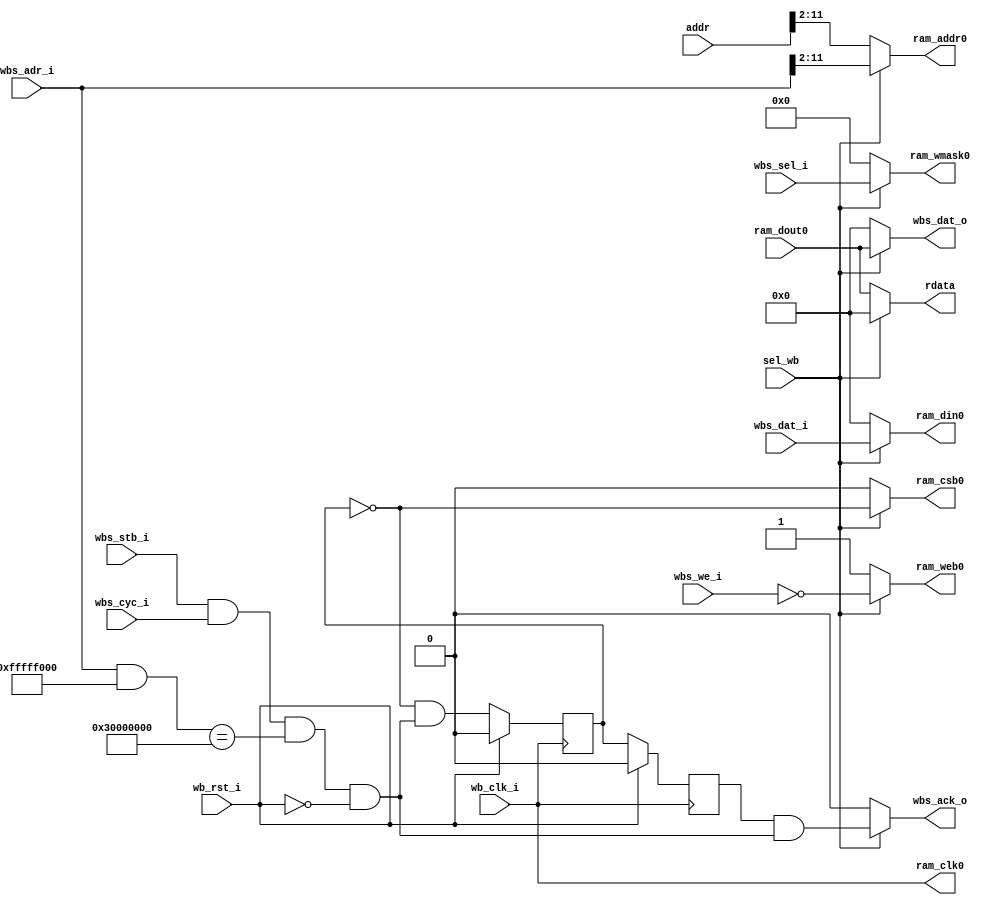
////////////////////////////////////////////////////////////////////////////////                                          
// SPDX-FileCopyrightText: 2022, Jure Vreca                                   //                                          
//                                                                            //                                          
// Licenseunder the Apache License, Version 2.0(the "License");               //                                          
// you maynot use this file except in compliance with the License.            //                                           
// You may obtain a copy of the License at                                    //                                          
//                                                                            //                                          
//      http://www.apache.org/licenses/LICENSE-2.0                            //                                          
//                                                                            //                                          
// Unless required by applicable law or agreed to in writing, software        //                                          
// distributed under the License is distributed on an "AS IS" BASIS,          //                                          
// WITHOUT WARRANTIES OR CONDITIONS OF ANY KIND, either express or implied.   //                                          
// See the License for the specific language governing permissions and        //                                          
// limitations under the License.                                             //                                          
// SPDX-License-Identifier: Apache-2.0                                        //                                          
// SPDX-FileContributor: Jure Vreca <jurevreca12@gmail.com>                   //                                          
////////////////////////////////////////////////////////////////////////////////      
////////////////////////////////////////////////////////////////////////////////
//                                                                            //
//                                                                            //
//                                                                            //
// Design Name:    instr_ram_mux                                              //
// Project Name:   rvj1-caravel-soc                                           //
// Language:       System Verilog                                             //
//                                                                            //
// Description:    A mux for the instruction RAM. It is interfaced by the     //
//                 riscv-jedro-1 core and a wishbone master.                  //
//                                                                            //
//                                          --|   instr_mem_if                //
//                                        -   |-----                          //
//                |--------|             |    |                               //
//                |  INSTR | openram_if  |    |                               //
//                |   RAM  |-------------|    |                               //
//                |        |             |    |   wishbone if                 //
//                |________|              -   |-----                          //
//                                          --|                               //
//                                                                            //
////////////////////////////////////////////////////////////////////////////////

module instr_ram_mux #(
    parameter RAM_ADDR_WIDTH_BYTES = 12,
    parameter BASE_ADDR = 32'h3000_0000
)
(
`ifdef USE_POWER_PINS
    inout vccd1,	// User area 1 1.8V supply
    inout vssd1,	// User area 1 digital ground
`endif
    input  wire                            sel_wb,

    output reg  [31:0]                     rdata,
    input  wire [31:0]                     addr,
    
    input  wire                            wb_clk_i,
    input  wire                            wb_rst_i,
    input  wire                            wbs_stb_i,
    input  wire                            wbs_cyc_i,
    input  wire                            wbs_we_i,
    input  wire [3:0]                      wbs_sel_i,
    input  wire [31:0]                     wbs_dat_i,
    input  wire [31:0]                     wbs_adr_i,
    output reg                             wbs_ack_o,
    output reg  [31:0]                     wbs_dat_o,

	output wire							   ram_clk0,
    output reg                             ram_csb0,   // active low chip select
    output reg                             ram_web0,   // active low write enable
    output reg  [3:0]                      ram_wmask0, // write (byte) mask
    output reg  [RAM_ADDR_WIDTH_BYTES-2-1:0] ram_addr0,
    output reg  [31:0]                     ram_din0,
    input  wire [31:0]                     ram_dout0
);
    localparam ADDR_LO_MASK = (1 << RAM_ADDR_WIDTH_BYTES) - 1;
    localparam ADDR_HI_MASK = 32'hffff_ffff - ADDR_LO_MASK; 

    wire ram_cs;
    reg  ram_cs_r;
    reg  ram_wbs_ack_r;

	assign ram_clk0 = wb_clk_i;   
 
    assign ram_cs = wbs_stb_i && wbs_cyc_i && ((wbs_adr_i & ADDR_HI_MASK) == BASE_ADDR) && !wb_rst_i;
    always @(negedge wb_clk_i) begin
        if (wb_rst_i) begin
            ram_cs_r <= 0;
            ram_wbs_ack_r <= 0;
        end
        else begin
            ram_cs_r <= !ram_cs_r && ram_cs;
            ram_wbs_ack_r <= ram_cs_r;
        end
    end
    

    always@(*) begin
        if (sel_wb) begin
            ram_csb0   = !ram_cs_r;
            ram_web0   = ~wbs_we_i;
            ram_wmask0 = wbs_sel_i;
            ram_addr0  = wbs_adr_i[RAM_ADDR_WIDTH_BYTES-1:2];
            ram_din0   = wbs_dat_i;
            wbs_dat_o  = ram_dout0;
            wbs_ack_o  = ram_wbs_ack_r & ram_cs;
            rdata = 0;
        end
        else begin
            ram_csb0   = 0;  // active low
            ram_web0   = 1;  // we are only reading
            ram_wmask0 = 0;  // is irrelevant for reading
            ram_addr0  = addr[RAM_ADDR_WIDTH_BYTES-1:2];
            ram_din0   = 0;
			wbs_dat_o  = 0;
			wbs_ack_o  = 0;
            rdata      = ram_dout0;
        end
    end

endmodule